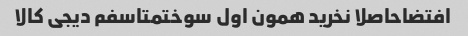
افتضاحاصلا نخرید همون اول سوختمتاسفم دیجی کالا